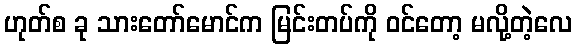
ဟုတ်စ ခု သားတော်မောင်က မြင်းတပ်ကို ဝင်တော့ မလို့တဲ့လေ